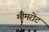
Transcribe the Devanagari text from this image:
मीमरोट